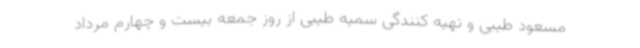
مسعود طیبی و تهیه کنندگی سمیه طیبی از روز جمعه بیست و چهارم مرداد